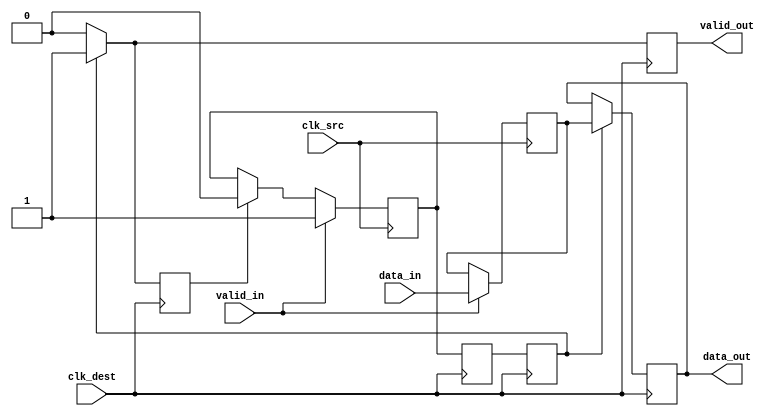
module HandshakeSynchronizer (
    input  wire        clk_src,       // Source clock
    input  wire        clk_dest,      // Destination clock
    input  wire [7:0] data_in,       // Data input from source domain
    input  wire        valid_in,      // Valid signal indicates data is ready
    output reg  [7:0] data_out,      // Synchronized data output for destination domain
    output reg        valid_out       // Output valid signal for destination domain
);

    reg [7:0] sync_data;      // Data register for synchronization
    reg       sync_valid;     // Valid signal for synchronized data
    reg       ack;            // Acknowledgement signal from destination domain
    
    // Source Domain - Data Latching and Valid Signal Handling
    always @(posedge clk_src) begin
        if (valid_in) begin
            sync_data <= data_in;   // Latch data
            sync_valid <= 1'b1;      // Assert valid
        end else if (ack) begin
            sync_valid <= 1'b0;      // De-assert valid upon acknowledgement
        end
    end
    
    // Destination Domain - Synchronization of sync_valid and Data Transfer
    reg sync_valid_d1, sync_valid_d2;

    always @(posedge clk_dest) begin
        sync_valid_d1 <= sync_valid; // First stage of synchronizer
        sync_valid_d2 <= sync_valid_d1; // Second stage of synchronizer
    end

    always @(posedge clk_dest) begin
        if (sync_valid_d2) begin
            data_out <= sync_data;    // Transfer data to output
            valid_out <= 1'b1;        // Assert output valid
            ack <= 1'b1;              // Assert acknowledgement
        end else begin
            valid_out <= 1'b0;        // De-assert output valid when no data
            ack <= 1'b0;              // De-assert acknowledgement
        end
    end

endmodule